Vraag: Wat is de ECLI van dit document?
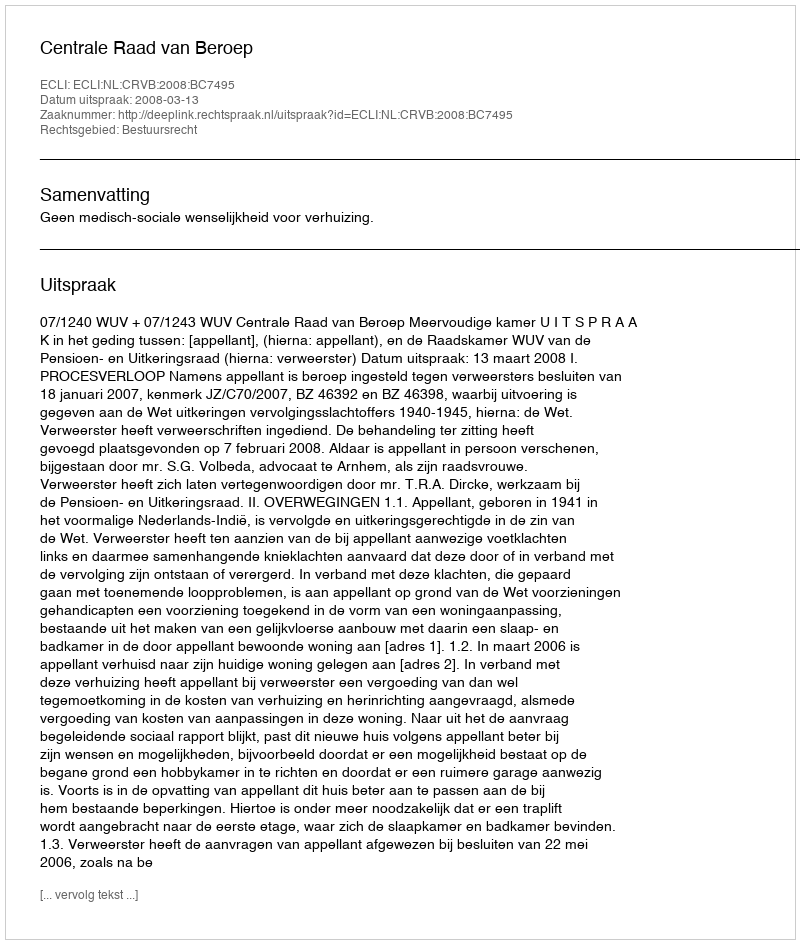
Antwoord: ECLI:NL:CRVB:2008:BC7495